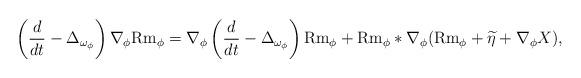
LaTeX: \begin{align*}\left( \frac{d}{dt}-\Delta_{\omega_{\phi}} \right) \nabla_{\phi}{\rm Rm}_{\phi} =\nabla_{\phi} \left(\frac{d}{dt}-\Delta_{\omega_{\phi}} \right) {\rm Rm}_{\phi}+{\rm Rm}_{\phi} \ast \nabla_{\phi} ({\rm Rm}_{\phi}+\widetilde{\eta}+\nabla_{\phi}X),\end{align*}